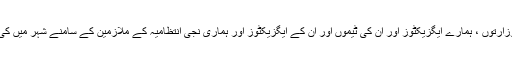
میں اپنے نائبین کا شکریہ ادا کرنا چاہتا ہوں جو وزارتوں ، ہمارے ایگزیکٹوز اور ان کی ٹیموں اور ان کے ایگزیکٹوز اور ہماری نجی انتظامیہ کے ملازمین کے سامنے شہر میں کی جانے والی سرمایہ کاری کی پیروی کرتے ہیں۔